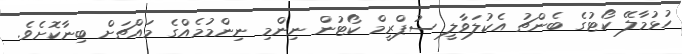
ހުޅުމާލޭ ކޯޓުގެ ބެންޗު އެކުލަވާލީ ސުޕްރީމް ކޯޓުން ނިންމި ނިންމުމެއްގެ މައްޗަށް ބިނާކޮށެވެ.